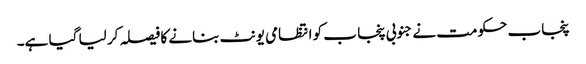
پنجاب حکومت نے جنوبی پنجا ب کو انتظامی یونٹ بنانے کا فیصلہ کر لیا گیا ہے۔